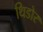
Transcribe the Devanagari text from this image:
थिडोर